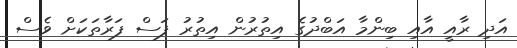
އަދި ރާއީ އާއި ބިންމާ އަބްދުގެ އިތުރުން އިތުރު ފަސް ފަރާތަކަށް ވެސް